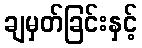
ချမှတ်ခြင်းနှင့်